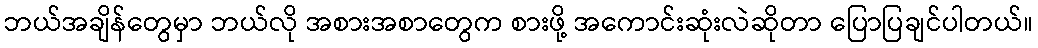
ဘယ်အချိန်တွေမှာ ဘယ်လို အစားအစာတွေက စားဖို့ အကောင်းဆုံးလဲဆိုတာ ပြောပြချင်ပါတယ်။